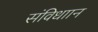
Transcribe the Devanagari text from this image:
संविधाान